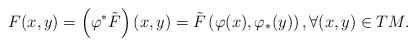
LaTeX: \begin{align*}F(x,y)=\left( \varphi^*\tilde{F}\right) (x,y)=\tilde{F}\left( \varphi(x),\varphi_*(y)\right) ,\forall (x,y)\in TM.\end{align*}